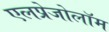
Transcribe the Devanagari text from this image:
एलप्रेजोलॉम